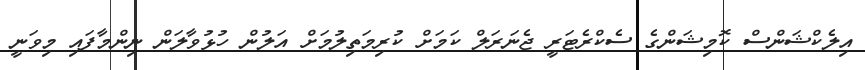
އިލެކްޝަންސް ކޮމިޝަންގެ ސެކްރެޓަރީ ޖެނަރަލް ކަމަށް ކުރިމަތިލުމަށް އަލުން ހުޅުވާލަން ނިންމާފައި މިވަނީ